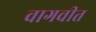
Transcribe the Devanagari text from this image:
वागवीत